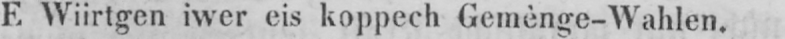
F. Wiirtgen iwer eis koppech Gemènge-Wahlen.